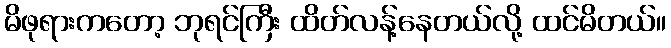
မိဖုရားကတော့ ဘုရင်ကြီး ထိတ်လန့်နေတယ်လို့ ထင်မိတယ်။